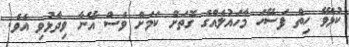
ކުޅެވޭ ހިތް ފަސޭހަ މާހައުލެއްގެ ގޮތަށް ކަމަށް ވެސް އޭނާ ވިދާޅުވި އެވެ.